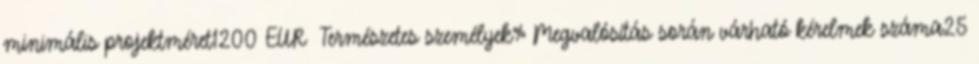
minimális projektméret1200 EUR ▪Természetes személyek%▪Megvalósítás során várható kérelmek száma25